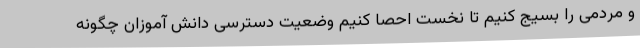
و مردمی را بسیج کنیم تا نخست احصا کنیم وضعیت دسترسی دانش آموزان چگونه